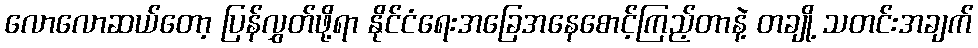
လောလောဆယ်တော့ ပြန်လွှတ်ဖို့ရာ နိုင်ငံရေးအခြေအနေစောင့်ကြည့်တာနဲ့ တချို့ သတင်းအချက်